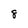
Character: 8